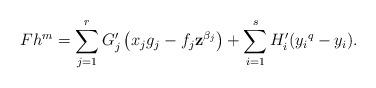
LaTeX: \begin{align*}Fh^{m}=\sum\limits_{j=1}^{r} G'_j\left(x_jg_j-f_j\textbf{z}^{\beta_j}\right)+{\sum\limits_{i=1}^{s}H_i'({y_i}^{q}-y_i)}.\end{align*}